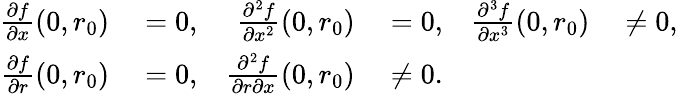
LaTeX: \begin{array}{rlrlrl}{{\frac{\partial f}{\partial x}}(0,r_{0})}&{{}=0,}&{{\frac{\partial^{2}f}{\partial x^{2}}}(0,r_{0})}&{{}=0,}&{{\frac{\partial^{3}f}{\partial x^{3}}}(0,r_{0})}&{{}\neq 0,}\\ {{\frac{\partial f}{\partial r}}(0,r_{0})}&{{}=0,}&{{\frac{\partial^{2}f}{\partial r\partial x}}(0,r_{0})}&{{}\neq 0.}\end{array}